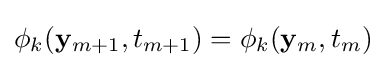
\phi _{k}(\mathbf {y} _{m+1},t_{m+1})=\phi _{k}(\mathbf {y} _{m},t_{m})